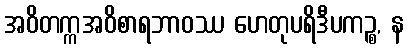
အဝိတက္ကအဝိစာရဘာဝဿ ဟေတုပရိဒီပကဉ္စ, န